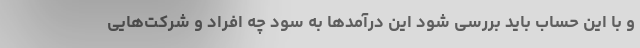
و با این حساب باید بررسی شود این درآمدها به سود چه افراد و شرکت‌هایی